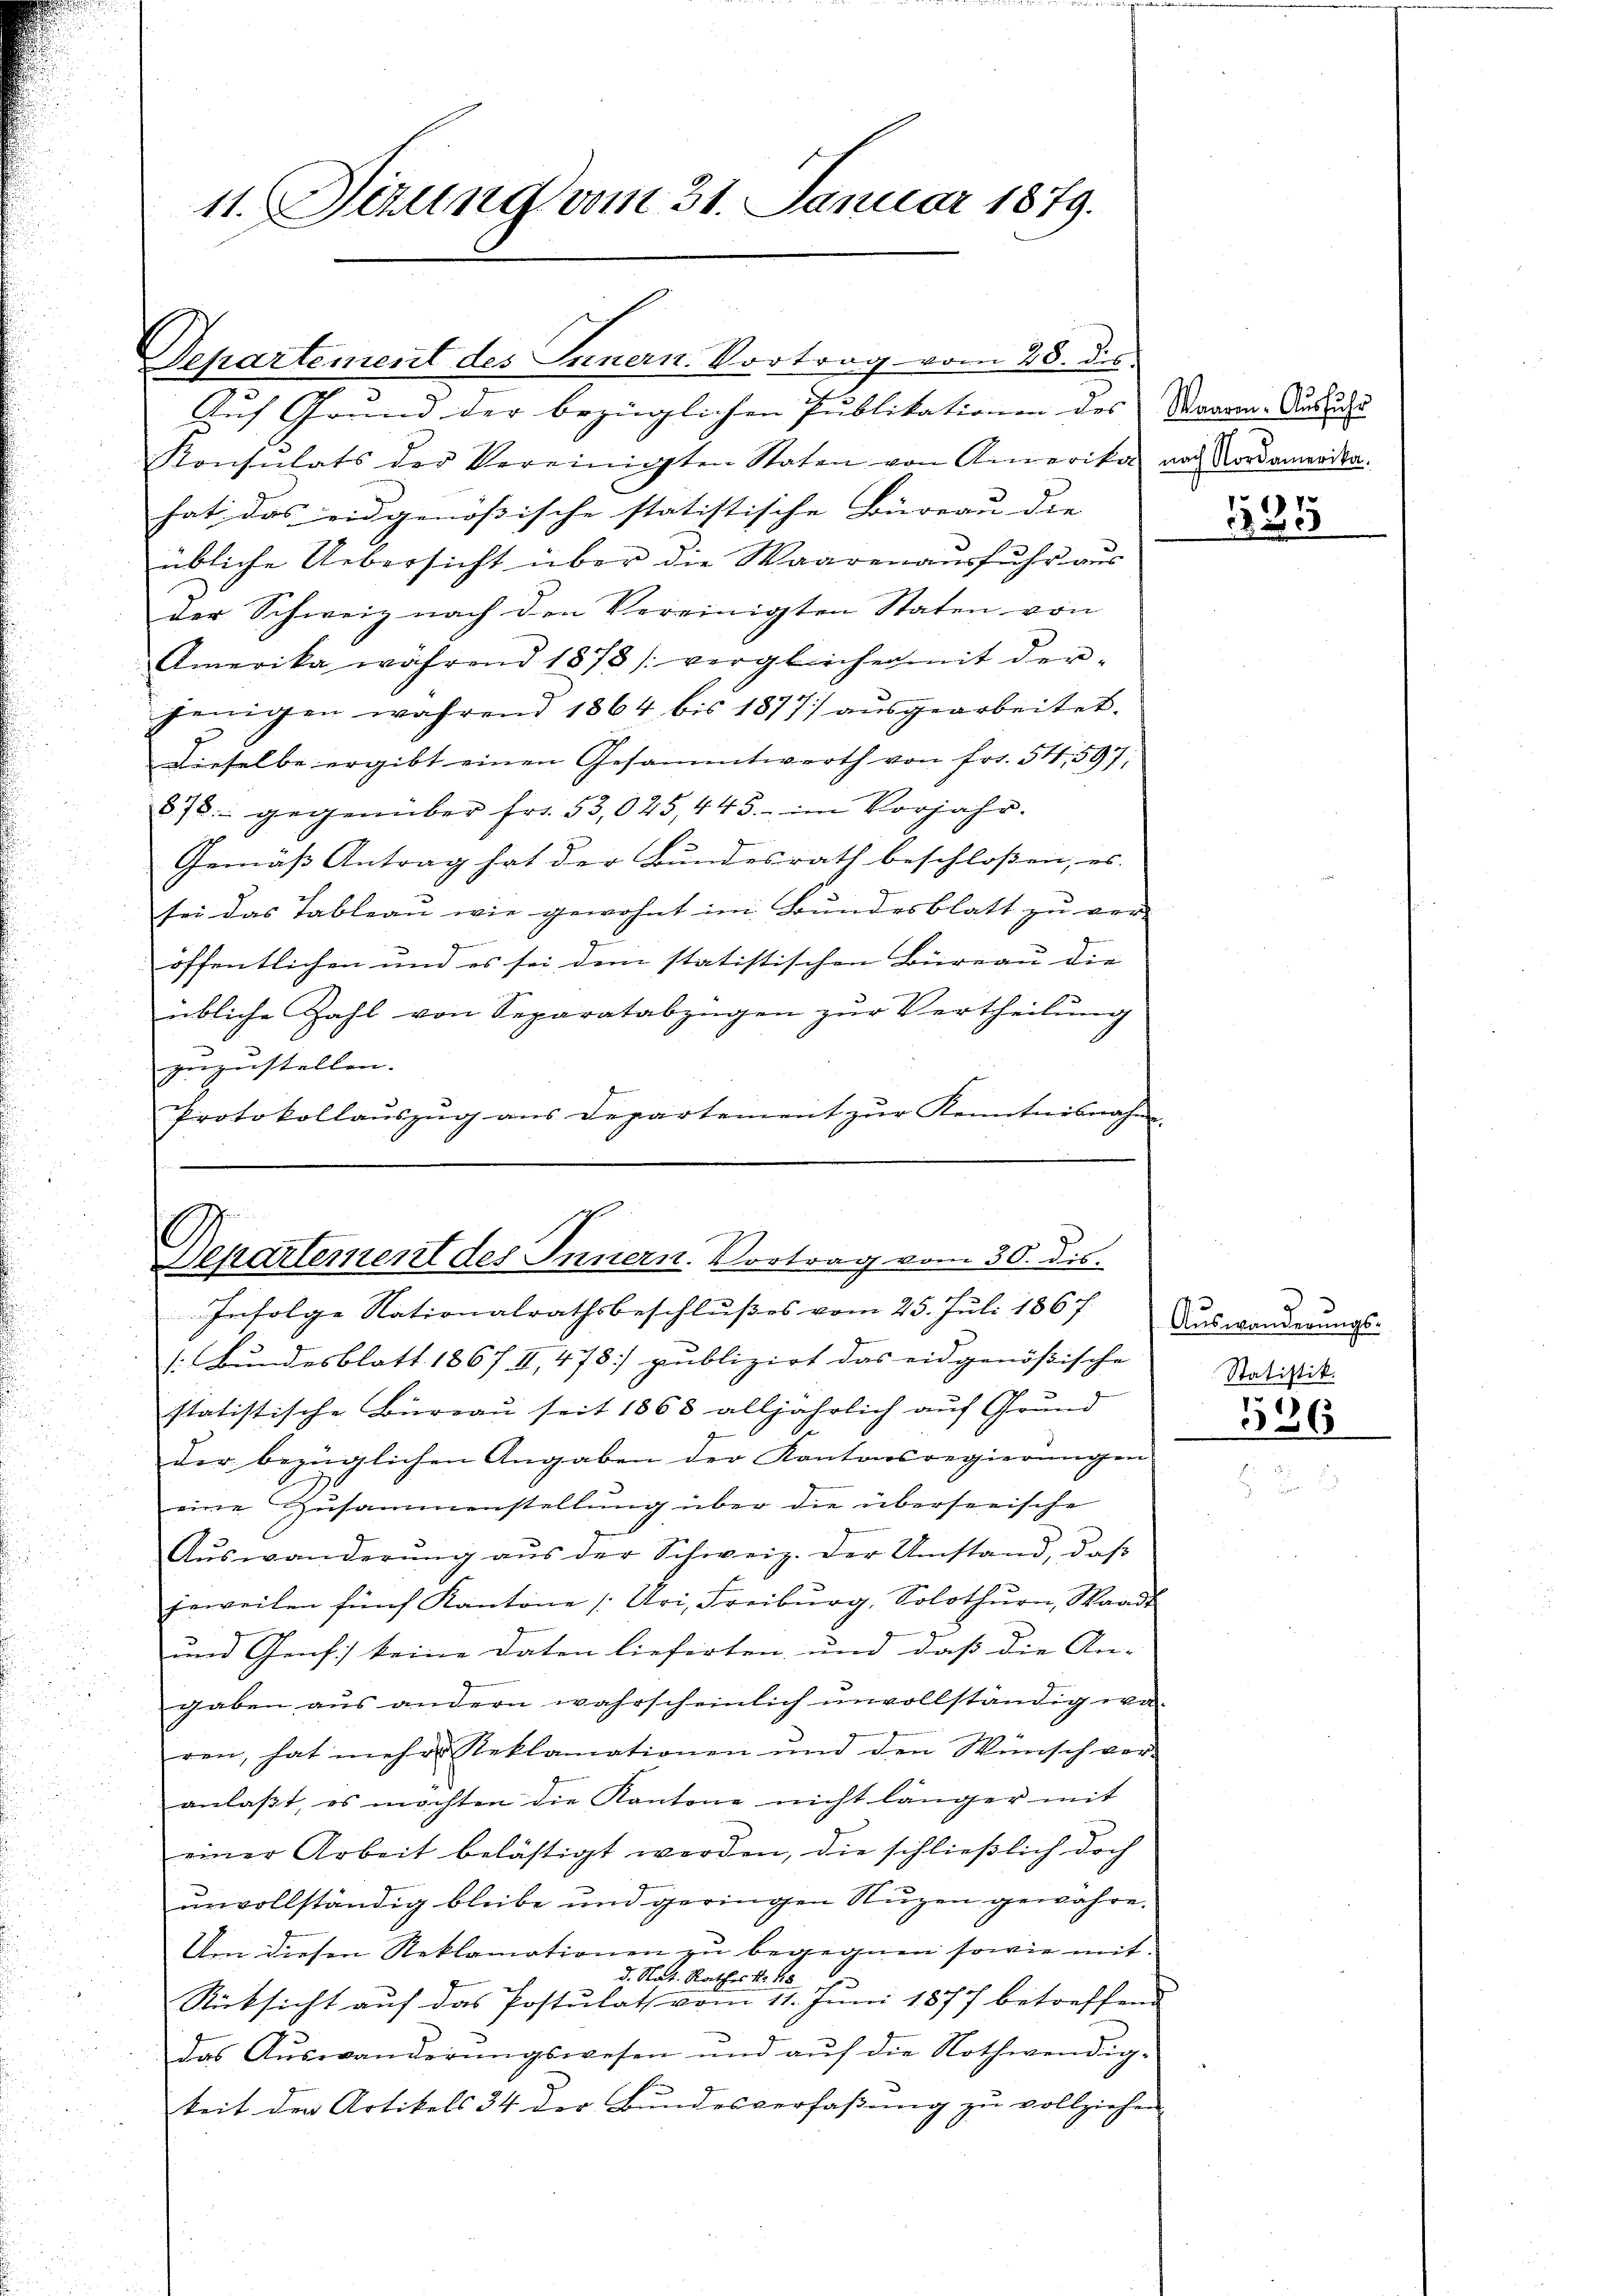
11. Sizung vom 31. Januar 1879.

Auf Grund der bezüglichen Publikationen des Saara. Aus d
Konsulats der Vereinigten Staten von Anmerika nach Nordamerika.
hat das eidgenössische statistische Büreau die |
übliche Uebersicht über die Waaren ausfuhr aus
der Schweiz nach den Vereinigten Staten von
Amerika während 1878 vergleicher mit der-
jenigen während 1864 bis 1877 aŭsgearbeitet.
Dieselbe ergibt einen Gesammtwerth von fr. 54, 597,
878 gegenüber fr. 53,025, 443. im Vorjahr.
Gemäß Antrag hat der Bundesrath beschloßen, es
sei das Tableau wie gewohnt im Bundesblatt zu ver-
öffentlichen und es sei dem statistischen Büreau die
übliche Zahl von Separatabzügen zŭr Vertheilŭng
zuzustellen. |
Protokollauszug aus Departement zur Kenntnisnahm

Departement des Innern. Vortrag vom 28. dies

E
Separtement des Innern. Vortrag vom 30. ds.

Infolge Nationalrathsbeschlußes vom 25. Juli 1867 Auswanderungs-
1: Bundesblatt 1867 II, 478 publizirt das eidgenößische
statistische Bureau seit 1863 alljährlich auf Grund
der bezüglichen Angaben der Kantonsregierungen
eine Zusammenstellung über die überseeische
Aŭswanderŭng aŭs der Schweiz. der Umstand, daβ
jeweilen fünf Kantone (Uri, Freiburg, Solothurn, Waadt
und Genf keine Daten lieferten, und daß die An-
gaben aŭs andern wahrscheinlich ŭnvollständig wa-
ren, hat mehr Reklamationen und den Wünsch ver-
anlaβt, es möchten die Kantone nicht länger mit
einer Arbeit belästigt werden, die schließlich doch
unvollständig bleibe und geringen Nuzen gewähre
Um diesen Reklamationen zu begegnen sowie mit
d. Nat. Rathes No. 18
Rücksicht auf das Postulat vom 11. Juni 1877 betreffend
das Aŭswanderŭngswesen und aŭf die Nothwendig-
keit der Artikels 34 der Bundesverfaßung zu vollziehen

17

13 n 19

Statistik.

336